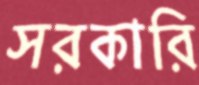
সরকারি